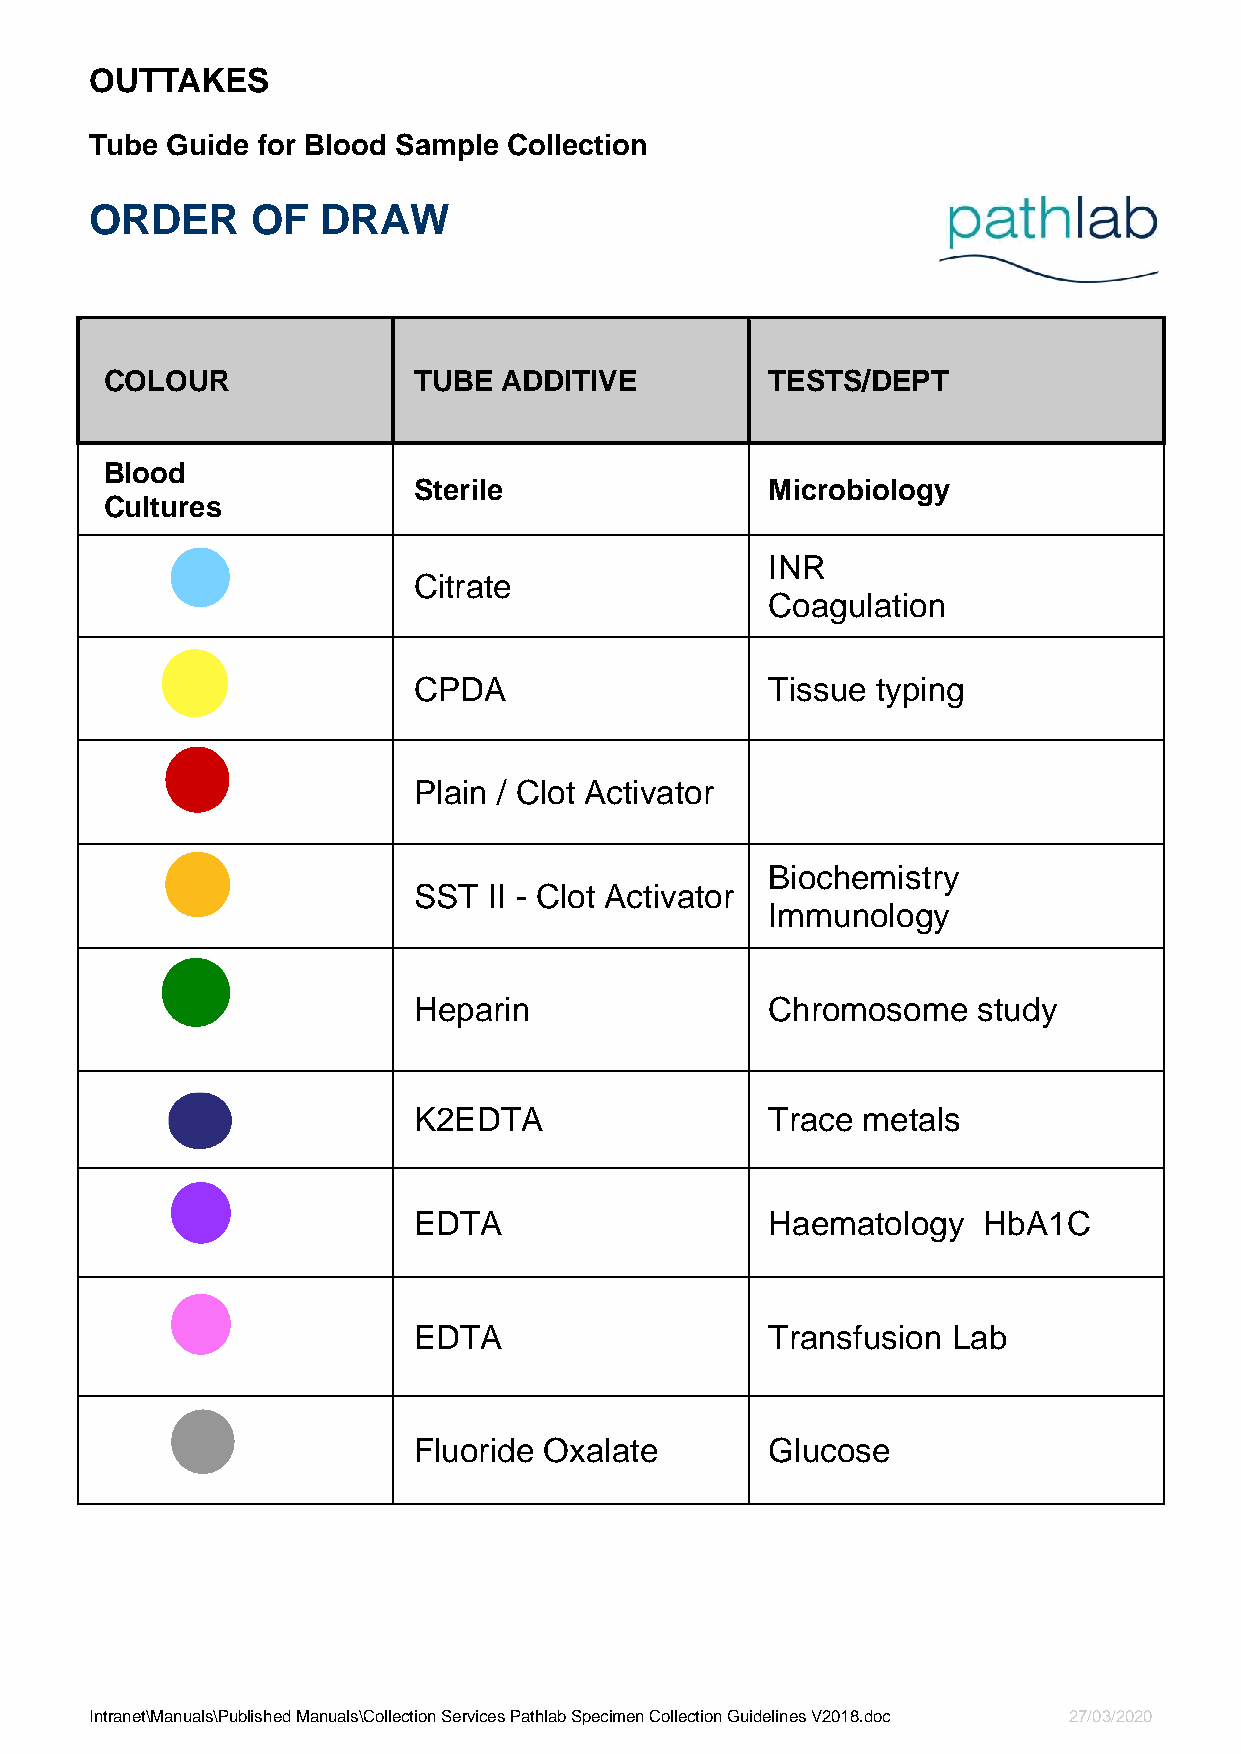
OUTTAKES
 Tube Guide for Blood Sample Collection
 ORDER      OF  DRAW
 COLOUR              TUBE  ADDITIVE          TESTS/DEPT
 Blood
 Sterile                 Microbiology
 Cultures
 INR
 Citrate
 Coagulation
 CPDA                    Tissue typing
 Plain / Clot Activator
 Biochemistry
 SST  II - Clot Activator
 Immunology
 Heparin                 Chromosome    study
 K2EDTA                  Trace metals
 EDTA                    Haematology   HbA1C
 EDTA                    Transfusion Lab
 Fluoride Oxalate        Glucose
 Intranet\Manuals\Published Manuals\Collection Services Pathlab Specimen Collection Guidelines V2018.doc 27/03/2020